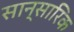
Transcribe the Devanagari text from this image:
सान्सारिक